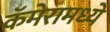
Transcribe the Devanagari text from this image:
कॅमेरामध्ये